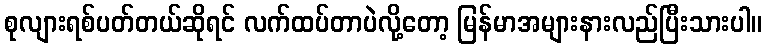
စုလျားရစ်ပတ်တယ်ဆိုရင် လက်ထပ်တာပဲလို့တော့ မြန်မာအများနားလည်ပြီးသားပါ။